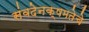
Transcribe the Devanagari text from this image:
संवदेनक्षमतेचे